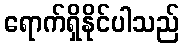
ရောက်ရှိနိုင်ပါသည်